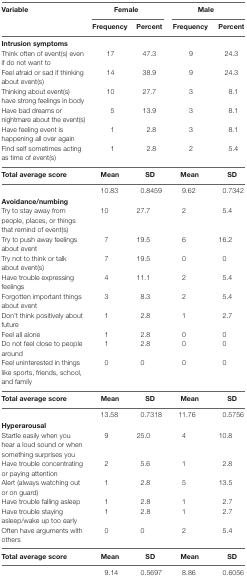
<table><thead><tr><td rowspan="2"><b>Variable</b></td><td colspan="2"><b>Female</b></td><td colspan="2"><b>Male</b></td></tr><tr><td><b>Frequency</b></td><td><b>Percent</b></td><td><b>Frequency</b></td><td><b>Percent</b></td></tr></thead><tbody><tr><td colspan="5"><b>Intrusion symptoms</b></td></tr><tr><td>Think often of event(s) even if do not want to</td><td>17</td><td>47.3</td><td>9</td><td>24.3</td></tr><tr><td>Feel afraid or sad if thinking about event(s)</td><td>14</td><td>38.9</td><td>9</td><td>24.3</td></tr><tr><td>Thinking about event(s) have strong feelings in body</td><td>10</td><td>27.7</td><td>3</td><td>8.1</td></tr><tr><td>Have bad dreams or nightmare about the event(s)</td><td>5</td><td>13.9</td><td>3</td><td>8.1</td></tr><tr><td>Have feeling event is happening all over again</td><td>1</td><td>2.8</td><td>3</td><td>8.1</td></tr><tr><td>Find self sometimes acting as time of event(s)</td><td>1</td><td>2.8</td><td>2</td><td>5.4</td></tr><tr><td><b>Total average score</b></td><td><b>Mean</b></td><td><b>SD</b></td><td><b>Mean</b></td><td><b>SD</b></td></tr><tr><td></td><td>10.83</td><td>0.8459</td><td>9.62</td><td>0.7342</td></tr><tr><td colspan="5"><b>Avoidance/numbing</b></td></tr><tr><td>Try to stay away from people, places, or things that remind of event(s)</td><td>10</td><td>27.7</td><td>2</td><td>5.4</td></tr><tr><td>Try to push away feelings about event</td><td>7</td><td>19.5</td><td>6</td><td>16.2</td></tr><tr><td>Try not to think or talk about event(s)</td><td>7</td><td>19.5</td><td>0</td><td>0</td></tr><tr><td>Have trouble expressing feelings</td><td>4</td><td>11.1</td><td>2</td><td>5.4</td></tr><tr><td>Forgotten important things about event</td><td>3</td><td>8.3</td><td>2</td><td>5.4</td></tr><tr><td>Don’t think positively about future</td><td>1</td><td>2.8</td><td>1</td><td>2.7</td></tr><tr><td>Feel all alone</td><td>1</td><td>2.8</td><td>0</td><td>0</td></tr><tr><td>Do not feel close to people around</td><td>1</td><td>2.8</td><td>0</td><td>0</td></tr><tr><td>Feel uninterested in things like sports, friends, school, and family</td><td>0</td><td>0</td><td>0</td><td>0</td></tr><tr><td><b>Total average score</b></td><td><b>Mean</b></td><td><b>SD</b></td><td><b>Mean</b></td><td><b>SD</b></td></tr><tr><td></td><td>13.58</td><td>0.7318</td><td>11.76</td><td>0.5756</td></tr><tr><td colspan="5"><b>Hyperarousal</b></td></tr><tr><td>Startle easily when you hear a loud sound or when something surprises you</td><td>9</td><td>25.0</td><td>4</td><td>10.8</td></tr><tr><td>Have trouble concentrating or paying attention</td><td>2</td><td>5.6</td><td>1</td><td>2.8</td></tr><tr><td>Alert (always watching out or on guard)</td><td>1</td><td>2.8</td><td>5</td><td>13.5</td></tr><tr><td>Have trouble falling asleep</td><td>1</td><td>2.8</td><td>1</td><td>2.7</td></tr><tr><td>Have trouble staying asleep/wake up too early</td><td>1</td><td>2.8</td><td>1</td><td>2.7</td></tr><tr><td>Often have arguments with others</td><td>0</td><td>0</td><td>2</td><td>5.4</td></tr><tr><td><b>Total average score</b></td><td><b>Mean</b></td><td><b>SD</b></td><td><b>Mean</b></td><td><b>SD</b></td></tr><tr><td></td><td>9.14</td><td>0.5697</td><td>8.86</td><td>0.6056</td></tr></tbody></table>